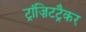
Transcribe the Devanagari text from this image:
ट्रांज़िटट्रैकर